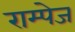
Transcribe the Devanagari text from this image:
राम्पेज